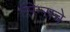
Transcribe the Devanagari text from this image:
सिम्सचे